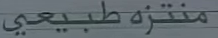
منتزه طبيعي